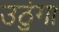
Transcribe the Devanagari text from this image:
उठुंगा